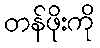
တန်ဖိုးကို